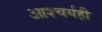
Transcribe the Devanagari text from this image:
आश्चर्यही